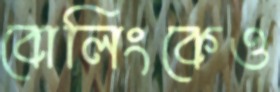
বোলিংকেও